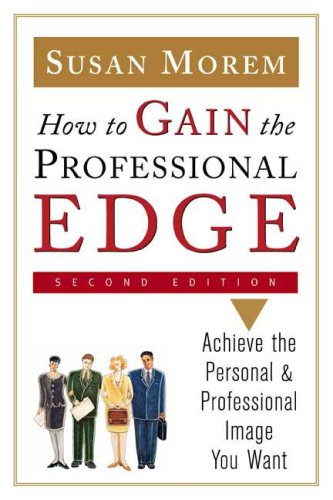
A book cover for How To Gain The Professional Edge: Achieve The Personal And Professional Image You Want; Susan Morem; Business & Money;